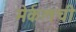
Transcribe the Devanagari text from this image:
मेर्कलची